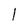
Character: 1